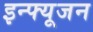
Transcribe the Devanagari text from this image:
इन्फ्यूजन